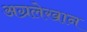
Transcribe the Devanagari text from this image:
अग्रलेखान